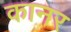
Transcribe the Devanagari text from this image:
कानर